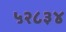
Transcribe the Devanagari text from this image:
५२८३४